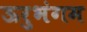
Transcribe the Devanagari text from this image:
ऊरुभंगम